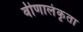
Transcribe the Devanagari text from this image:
वीणालंकृता